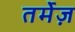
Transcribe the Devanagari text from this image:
तर्मेज़